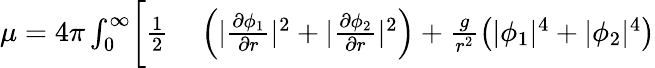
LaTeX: \begin{array}{rl}{\mu=4\pi\int_{0}^{\infty}\biggl[\frac{1}{2}\biggr.}&{{}\left(|\frac{\partial\phi_{1}}{\partial r}|^{2}+|\frac{\partial\phi_{2}}{\partial r}|^{2}\right)+\frac{g}{r^{2}}\left(|\phi_{1}|^{4}+|\phi_{2}|^{4}\right)}\end{array}